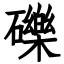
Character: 礫